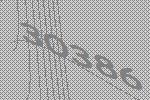
30386